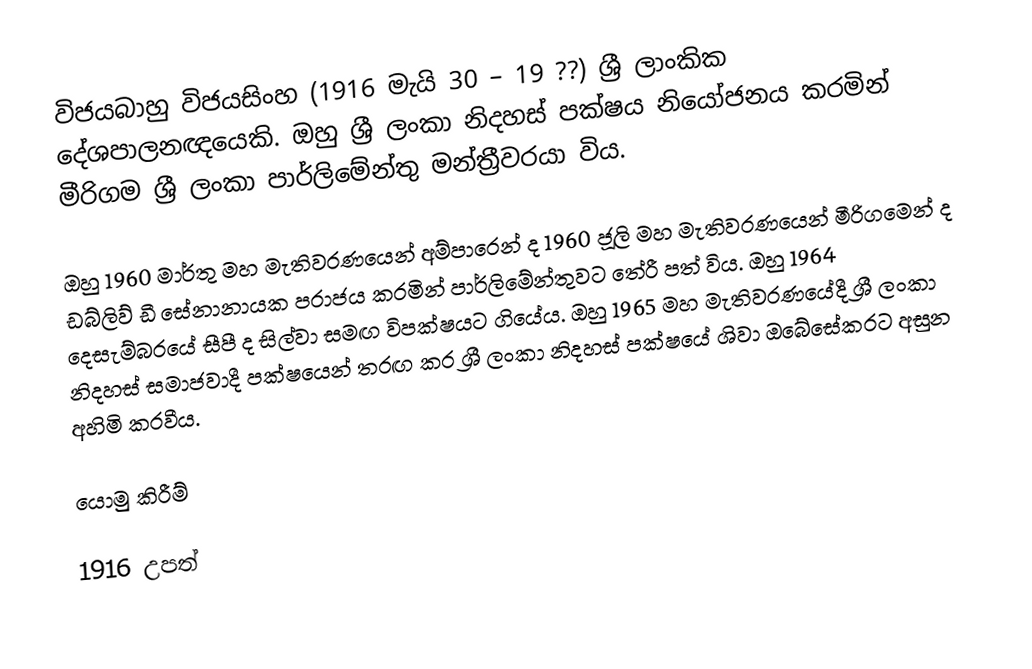
විජයබාහු විජයසිංහ (1916 මැයි 30 – 19 ??) ශ්‍රී ලාංකික දේශපාලනඥයෙකි. ඔහු ශ්‍රී ලංකා නිදහස් පක්ෂය නියෝජනය කරමින් මීරිගම ශ්‍රී ලංකා පාර්ලිමේන්තු මන්ත්‍රීවරයා විය.

ඔහු 1960 මාර්තු මහ මැතිවරණයෙන් අම්පාරෙන් ද 1960 ජූලි මහ මැතිවරණයෙන් මීරිගමෙන් ද ඩබ්ලිව් ඩී සේනානායක පරාජය කරමින් පාර්ලිමේන්තුවට තේරී පත් විය. ඔහු 1964 දෙසැම්බරයේ සීපී ද සිල්වා සමඟ විපක්ෂයට ගියේය. ඔහු 1965 මහ මැතිවරණයේදී ශ්‍රී ලංකා නිදහස් සමාජවාදී පක්ෂයෙන් තරඟ කර ශ්‍රී ලංකා නිදහස් පක්ෂයේ ශිවා ඔබේසේකරට අසුන අහිමි කරවීය.

යොමු කිරීම්

1916 උපත්